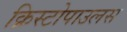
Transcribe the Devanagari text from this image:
क्रिस्टोपाउलस